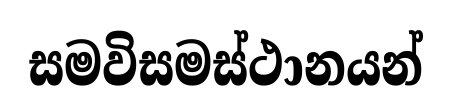
සමවිසමස්ථානයන්